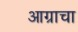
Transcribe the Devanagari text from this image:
आग्राचा